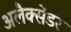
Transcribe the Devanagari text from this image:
अलैक्सेंडर